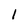
Character: 1